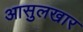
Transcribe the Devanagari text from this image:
आसुलखार